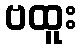
ဗထူး